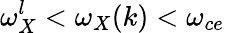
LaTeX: \omega_{X}^{l}<\omega_{X}(k)<\omega_{ce}